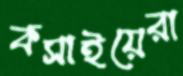
কসাইয়েরা